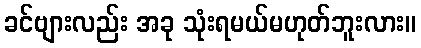
ခင်ဗျားလည်း အခု သုံးရမယ်မဟုတ်ဘူးလား။